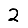
Digit: 2